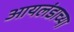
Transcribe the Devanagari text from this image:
आयलंडाच्या